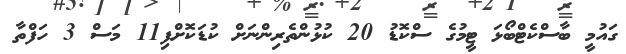
ގައުމީ ބާސްކެޓްބޯޅަ ޓީމުގެ ސްކޮޑު 20 ކުޅުންތެރިންނަށް ކުޑަކޮށްފި11 މަސް 3 ހަފްތާ